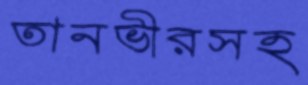
তানভীরসহ